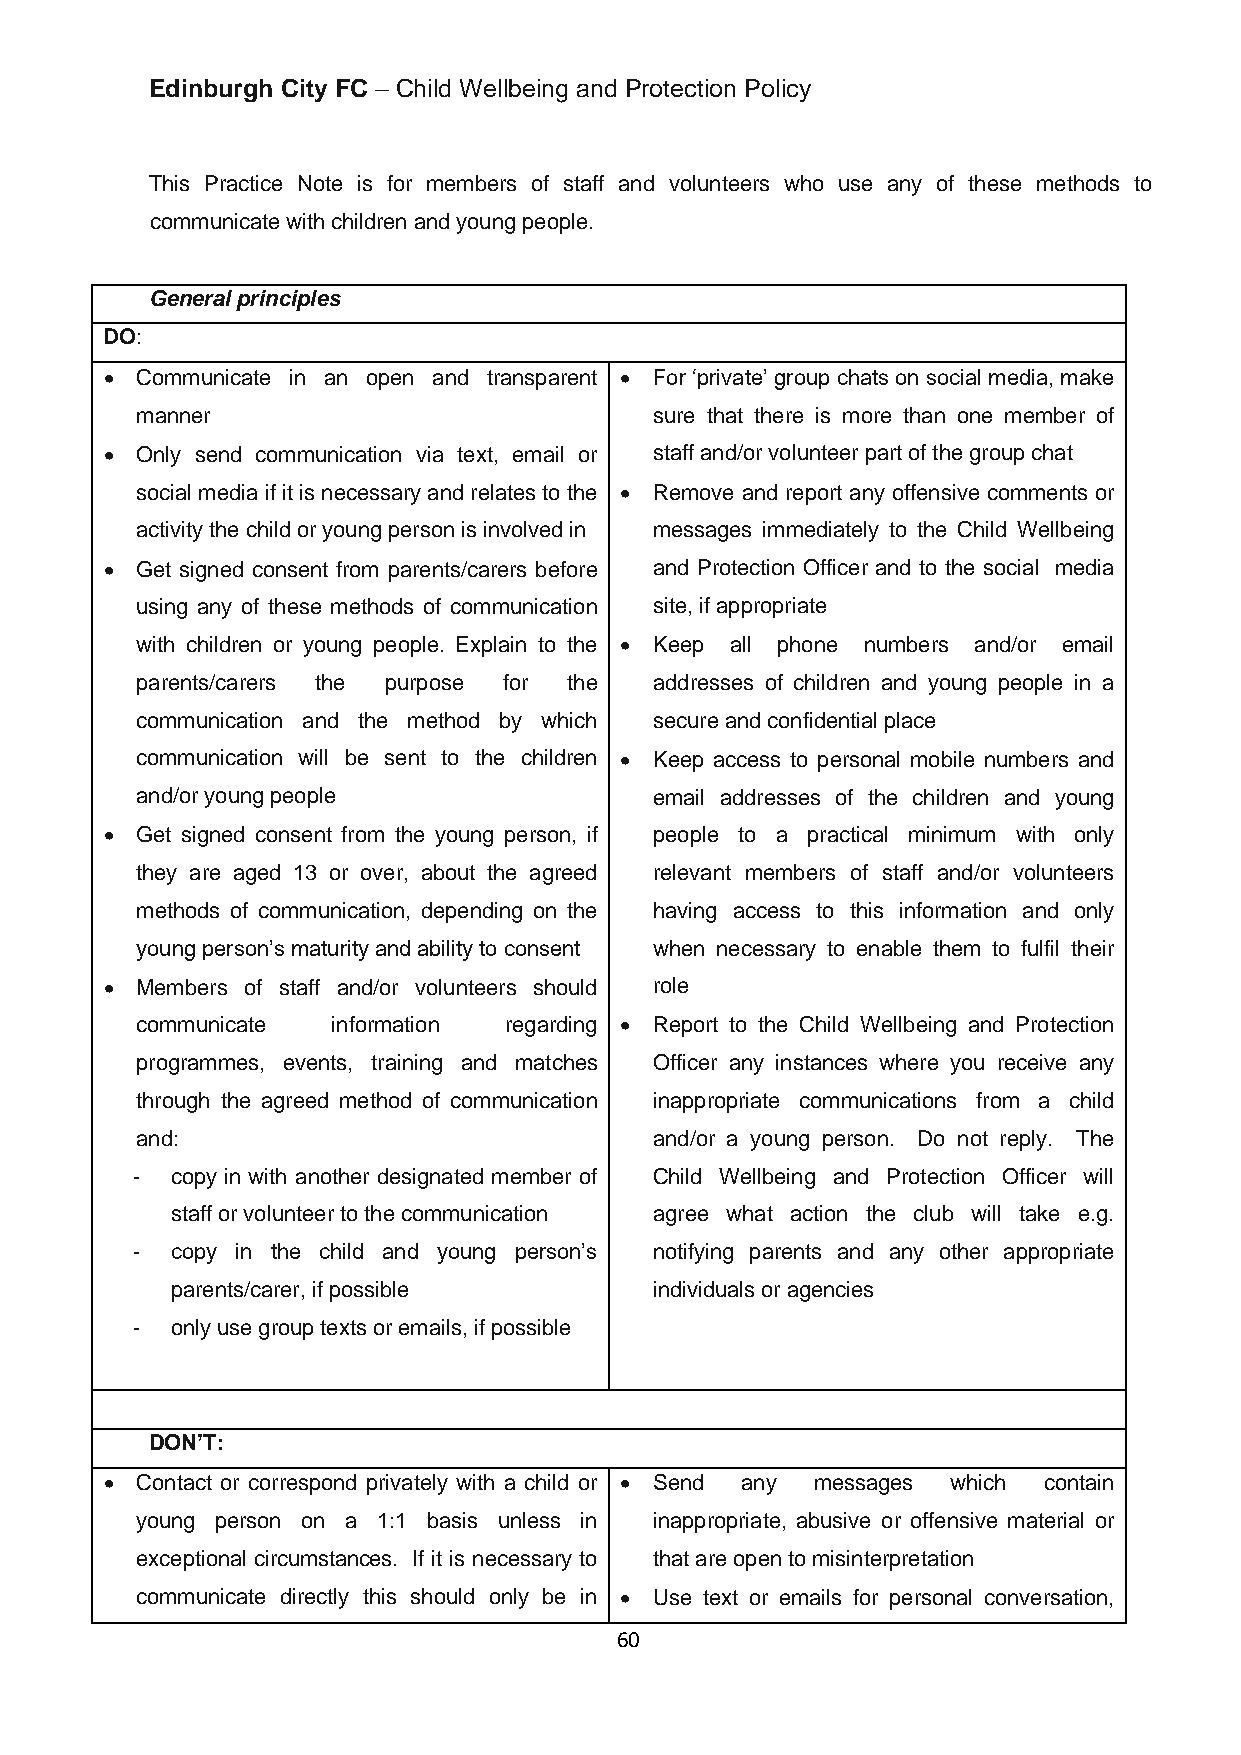
Edinburgh City FC – Child Wellbeing and Protection Policy
 This Practice Note is for members of staff and volunteers who use any of these methods to
 communicate with children and young people.
 General principles
 DO:
 • Communicate in an open and transparent • For ‘private’ group chats on social media, make
 manner                            sure that there is more than one member of
 • Only send communication via text, email or staff and/or volunteer part of the group chat
 social media if it is necessary and relates to the • Remove and report any offensive comments or
 activity the child or young person is involved in messages immediately to the Child Wellbeing
 • Get signed consent from parents/carers before and Protection Officer and to the social media
 using any of these methods of communication site, if appropriate
 with children or young people. Explain to the • Keep all phone numbers and/or email
 parents/carers the purpose for the addresses of children and young people in a
 communication and the method by which secure and confidential place
 communication will be sent to the children • Keep access to personal mobile numbers and
 and/or young people               email addresses of the children and young
 • Get signed consent from the young person, if people to a practical minimum with only
 they are aged 13 or over, about the agreed relevant members of staff and/or volunteers
 methods of communication, depending on the having access to this information and only
 young person’s maturity and ability to consent when necessary to enable them to fulfil their
 • Members of staff and/or volunteers should role
 communicate  information regarding • Report to the Child Wellbeing and Protection
 programmes, events, training and matches Officer any instances where you receive any
 through the agreed method of communication inappropriate communications from a child
 and:                              and/or a young person. Do not reply. The
 - copy in with another designated member of Child Wellbeing and Protection Officer will
 staff or volunteer to the communication agree what action the club will take e.g.
 - copy in the child and young person’s notifying parents and any other appropriate
 parents/carer, if possible      individuals or agencies
 - only use group texts or emails, if possible
 DON’T:
 • Contact or correspond privately with a child or • Send any messages which contain
 young person on a 1:1 basis unless in inappropriate, abusive or offensive material or
 exceptional circumstances. If it is necessary to that are open to misinterpretation
 communicate directly this should only be in • Use text or emails for personal conversation,
 60